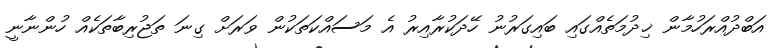
އަބްދުއްރަހުމާން ޚިދުމަތެއްގައި ބައިގަރުނު ހޭދަކުރާއިރު އެ މަސައްކަތަކުން ވަރަށް ގިނަ ތަޖުރިބާތަކެއް ހުންނާނީ